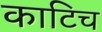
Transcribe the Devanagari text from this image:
काटिच